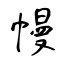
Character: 幔